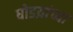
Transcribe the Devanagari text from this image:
घोडय़ांच्या